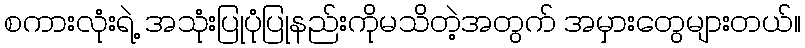
စကားလုံးရဲ့ အသုံးပြုပုံပြုနည်းကိုမသိတဲ့အတွက် အမှားတွေများတယ်။